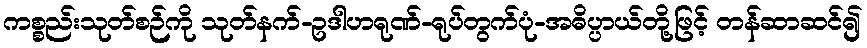
ကစ္စည်းသုတ်စဉ်ကို သုတ်နက်-ဥဒါဟရုဏ်-ရုပ်တွက်ပုံ-အဓိပ္ပာယ်တို့ဖြင့် တန်ဆာဆင်၍